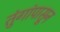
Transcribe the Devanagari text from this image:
तुंगांपासून